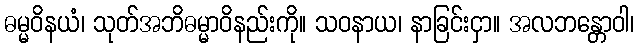
ဓမ္မဝိနယံ၊ သုတ်အဘိဓမ္မာဝိနည်းကို။ သဝနာယ၊ နာခြင်းငှာ။ အလဘန္တောဝါ၊